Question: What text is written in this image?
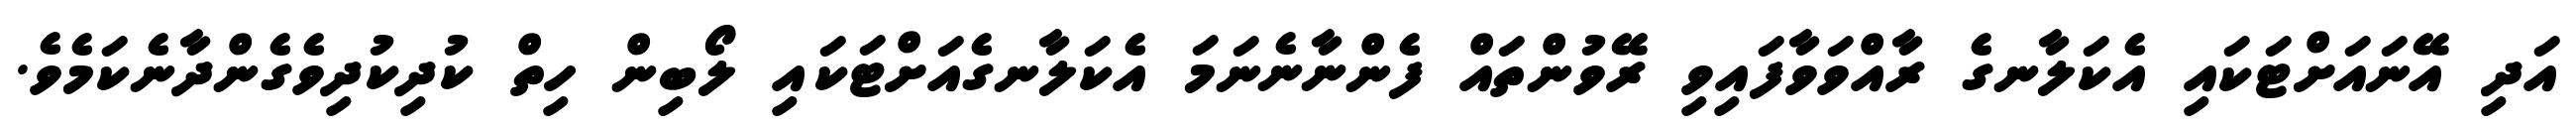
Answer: އަދި އޭނައަށްޓަކައި އެކަލާނގެ ރާއްވަވާފައިވި ރޭވުންތައް ފެންނާނެނަމަ އެކަލާނގެއަށްޓަކައި ލޯބިން ހިތް ކުދިކުދިވެގެންދާނެކަމެވެ.